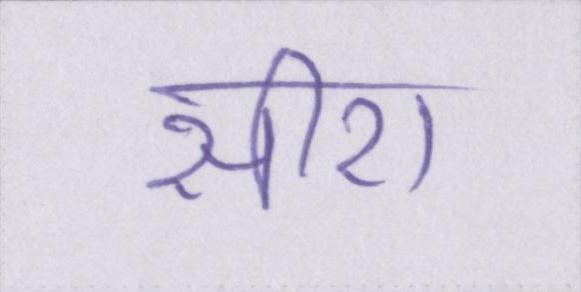
सीरा